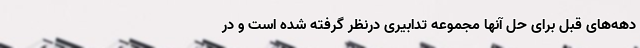
دهه‌های قبل برای حل آنها مجموعه تدابیری درنظر گرفته شده است و در